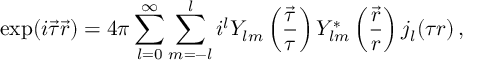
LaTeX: \exp ( i \vec { \tau } \vec { r } ) = 4 \pi \sum _ { l = 0 } ^ { \infty } \sum _ { m = - l } ^ { l } i ^ { l } Y _ { l m } \left( \frac { \vec { \tau } } { \tau } \right) Y _ { l m } ^ { \ast } \left( \frac { \vec { r } } { r } \right) j _ { l } ( \tau r ) \, ,